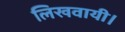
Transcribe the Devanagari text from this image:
लिखवायी।